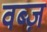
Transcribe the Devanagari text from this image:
वब्ज़